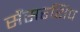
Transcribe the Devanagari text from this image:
सैंसरशिप